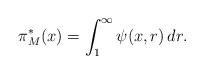
LaTeX: \begin{align*}\pi^*_M(x) = \int_{1}^\infty \psi(x,r)\, dr.\end{align*}